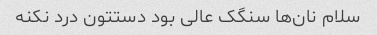
سلام نان‌ها سنگک عالی بود دستتون درد نکنه